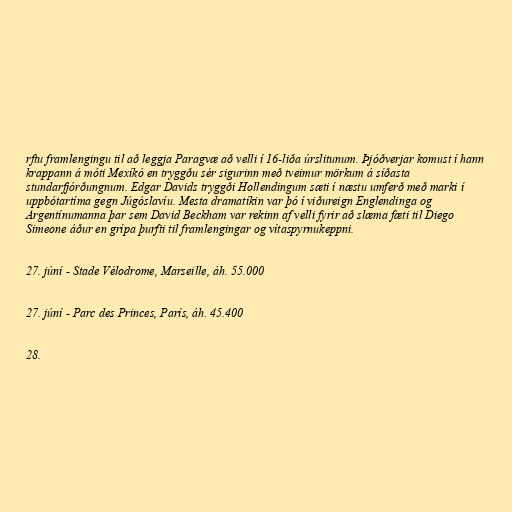
rftu framlengingu til að leggja Paragvæ að velli í 16-liða úrslitunum. Þjóðverjar komust í hann
krappann á móti Mexíkó en tryggðu sér sigurinn með tveimur mörkum á síðasta
stundarfjórðungnum. Edgar Davids tryggði Hollendingum sæti í næstu umferð með marki í
uppbótartíma gegn Júgóslavíu. Mesta dramatíkin var þó í viðureign Englendinga og
Argentínumanna þar sem David Beckham var rekinn af velli fyrir að slæma fæti til Diego
Simeone áður en grípa þurfti til framlengingar og vítaspyrnukeppni.

27. júní - Stade Vélodrome, Marseille, áh. 55.000

27. júní - Parc des Princes, París, áh. 45.400

28.